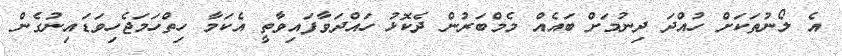
އެ ލޯނުތަކަށް ހުއްދަ ދިނުމަށް ބައެއް މެމްބަރުން ދެކޮޅު ހައްދަވާފައިވާތީ އެކަމާ ހިތްހަމަޖެހިވަޑައިނުގެން